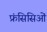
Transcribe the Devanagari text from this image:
फ्रंसिसिओं